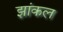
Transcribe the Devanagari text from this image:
झांकल